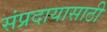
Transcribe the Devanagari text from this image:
संप्रदायासाठी